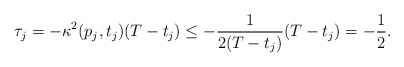
\begin{align*} \tau_j = -\kappa^2(p_j,t_j)(T-t_j)\leq- \frac{1}{2(T-t_j)}(T-t_j) = - \frac{1}{2}. \end{align*}